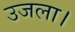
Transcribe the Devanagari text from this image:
उजला।